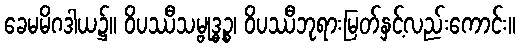
ခေမမိဂဒါယ၌။ ဝိပဿီသမ္ဗုဒ္ဓဉ္စ၊ ဝိပဿီဘုရားမြတ်နှင့်လည်းကောင်း။